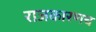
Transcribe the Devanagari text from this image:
राजकारणच